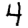
Digit: 4